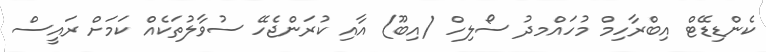
ކެންޑިޑޭޓް އިބްރާހިމް މުހައްމދު ސޯލިހް (އިބޫ) އާއި ކުރަންޖެހޭ ސުވާލުތަކެއް ކަމަށް ރައީސް